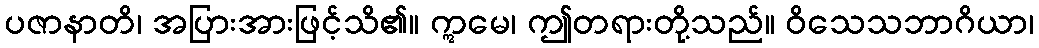
ပဇာနာတိ၊ အပြားအားဖြင့်သိ၏။ ဣမေ၊ ဤတရားတို့သည်။ ဝိသေသဘာဂိယာ၊